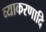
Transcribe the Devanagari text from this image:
व्याकरणादि